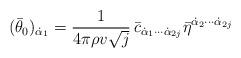
LaTeX: \begin{align*}(\bar \theta_0)_{\dot \alpha_1}=\frac{1}{4\pi\rho v\sqrt{j}} \,\bar c_{\dot\alpha_1\cdots\dot\alpha_{2j}}\bar\eta^{\dot \alpha_2\cdots\dot\alpha_{2j}}\end{align*}